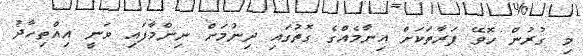
މި ގުރުން ހޮވޭ ފަރާތަކަށް އިނާމެއްގެ ގޮތުގައި ދިނުމަށް ނިންމާފައި ވަނީ އިއްތިހާދު